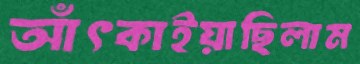
আঁৎকাইয়াছিলাম